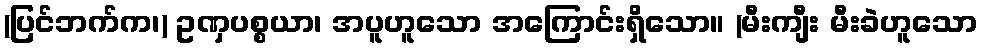
(ပြင်ဘက်က၊) ဥဏှပစ္စယာ၊ အပူဟူသော အကြောင်းရှိသော။ (မီးကျီး မီးခဲဟူသော